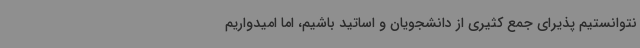
نتوانستیم پذیرای جمع کثیری از دانشجویان و اساتید باشیم، اما امیدواریم